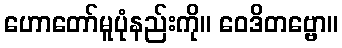
ဟောတော်မူပုံနည်းကို။ ဝေဒိတဗ္ဗော။